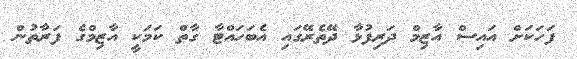
ފަހަކަށް އައިސް އާޒިމް ދަރިފުޅާ ދޭތެރޭގައި އެބަހައްޓާ ގާތް ކަމަކީ އާޒިމްގެ ފަރާތުން